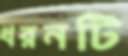
ধরনটি